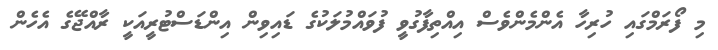
މި ފޯރަމްގައި ހުރިހާ އެންމެންވެސް އިއްތިފާގުވީ ފުވައްމުލަކުގެ ޑައިވިން އިންޑަސްޓުރީއަކީ ރާއްޖޭގެ އެހެން